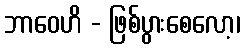
ဘာဝေဟိ - ဖြစ်ပွားစေလော့၊